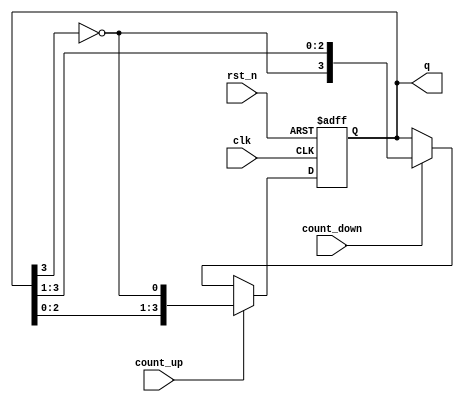
module bidirectional_johnson_counter #(
    parameter N = 4  // Number of flip-flops
)(
    input wire clk,         // Clock input
    input wire rst_n,       // Asynchronous reset (active low)
    input wire count_up,    // Control signal for counting up
    input wire count_down,  // Control signal for counting down
    output reg [N-1:0] q    // Output state of the shift register
);

    // Internal signal for the inverted output of the last flip-flop
    wire feedback;

    // Feedback logic: Inverted output of the last flip-flop
    assign feedback = ~q[N-1];

    // Sequential logic for the Johnson counter
    always @(posedge clk or negedge rst_n) begin
        if (!rst_n) begin
            // Asynchronous reset: initialize to all zeros
            q <= {N{1'b0}};
        end else if (count_up) begin
            // Count up: Shift left and introduce feedback
            q <= {q[N-2:0], feedback};
        end else if (count_down) begin
            // Count down: Shift right and introduce feedback
            q <= {feedback, q[N-1:1]};
        end
    end
endmodule